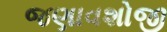
જણાવશોજી